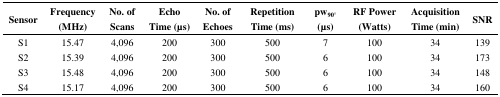
<table><thead><tr><td><b>Sensor</b></td><td><b>Frequency (MHz)</b></td><td><b>No. of Scans</b></td><td><b>Echo Time (μs)</b></td><td><b>No. of Echoes</b></td><td><b>Repetition Time (ms)</b></td><td><b>pw<sub>90°</sub>(μs)</b></td><td><b>RF Power (Watts)</b></td><td><b>Acquisition Time (min)</b></td><td><b>SNR</b></td></tr></thead><tbody><tr><td>S1</td><td>15.47</td><td>4,096</td><td>200</td><td>300</td><td>500</td><td>7</td><td>100</td><td>34</td><td>139</td></tr><tr><td>S2</td><td>15.39</td><td>4,096</td><td>200</td><td>300</td><td>500</td><td>6</td><td>100</td><td>34</td><td>173</td></tr><tr><td>S3</td><td>15.48</td><td>4,096</td><td>200</td><td>300</td><td>500</td><td>6</td><td>100</td><td>34</td><td>148</td></tr><tr><td>S4</td><td>15.17</td><td>4,096</td><td>200</td><td>300</td><td>500</td><td>6</td><td>100</td><td>34</td><td>160</td></tr></tbody></table>